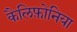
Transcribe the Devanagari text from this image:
कैलिफ़ोनिया